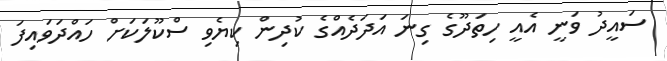
ސައީދު ވަނީ އެއީ ހިތަދޫގެ ގިނަ އަދަދެއްގެ ކުދިން ކިޔެވި ސްކޫލަކަށް ހައްދަވައިފަ